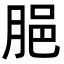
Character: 𦛞